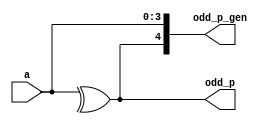
`timescale 1ns / 1ps
//////////////////////////////////////////////////////////////////////////////////
// Company: 
// Engineer: 
// 
// Design Name: 
// Module Name: odd_parity
// Project Name: 
// Target Devices: 
// Tool Versions: 
// Description: 
// 
// Dependencies: 
// 
// Revision:
// Revision 0.01 - File Created
// Additional Comments:
// 
//////////////////////////////////////////////////////////////////////////////////


module odd_parity(
input [3:0] a,
output odd_p,
output [4:0] odd_p_gen
);
assign odd_p = ^a;
assign odd_p_gen = {odd_p,a[3:0]};
endmodule